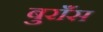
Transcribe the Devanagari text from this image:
बुराँस